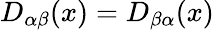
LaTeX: D_{\alpha\beta}(x)=D_{\beta\alpha}(x)